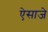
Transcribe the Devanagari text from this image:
ऐसाजे